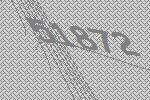
51872